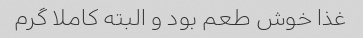
غذا خوش طعم بود و البته کاملا گرم